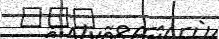
١٣٥